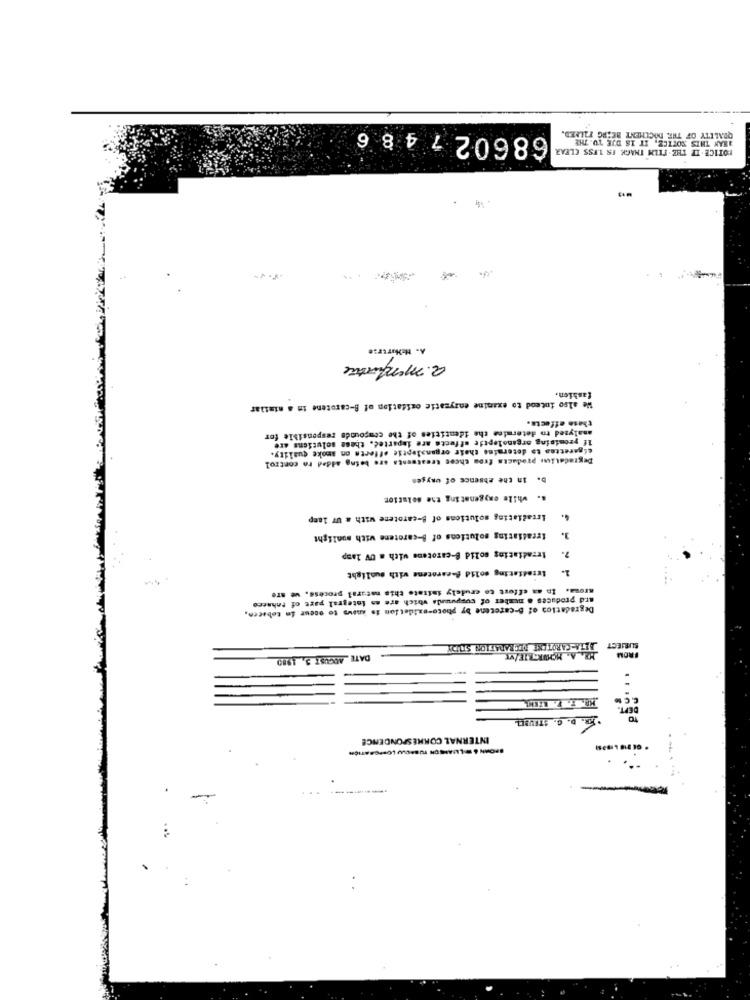
686027 4 8 6
ANAN THIS NOTICE, IT 18 DIE TU. THE
QUALITY OF THE DOCUMENT BEING FILLED.
FOTICE . IF THE FILM THAGK IS LESS CLEAR
a. menfacture
fashion.
We also inteod to examine enzymatic oxidation of B-carotene in a similar
these effects.
analyzed to determine the identities of the ctapounds responsible for
If promising organoleptie offerte are lapartec. these solutions are
cigarettes to determine their organsleptic offerta on smoke quality.
Degradation products from chees treatments are being added to control
b. In the absence of oxygen
.. while oxygenating the solution
Irradiating solutions of B-carotene with a Ur 1amp
Irradiating solutions of B-carotene with sunlight
3.
Irradiating solid B-carotene with a UV lamp
Irradiating solid f-carotene with sualight
a. In an effort to crudely iafrate this natural process, we are
ard produces a number of cuppwurde which are as Integral part of tahacce
Degradation of B-caretene by photo-oxidation is knows to occur in tobacen,
BETA-CAROTENE DEGRARATION STUDY
SUBJECT
DATE AUGUST 3, 1980
BA A. HOWRERIE/VT
FROM
..
.FR. D. G. STRUBEL
TO
INTERNAL CORRESPONDENCE
..